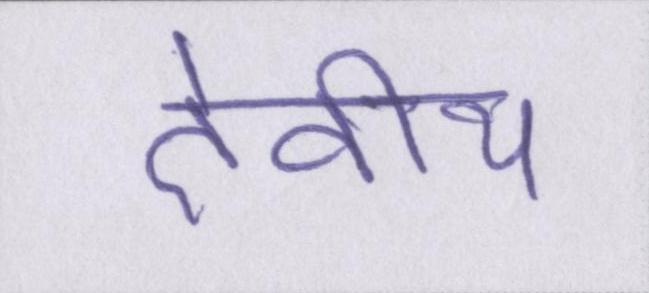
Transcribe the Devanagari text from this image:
देवीय